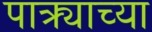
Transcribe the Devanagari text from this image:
पात्र्याच्या